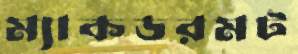
ম্যাকডরমট